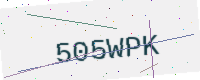
Text: 505WPK